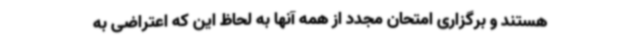
هستند و برگزاری امتحان مجدد از همه آنها به لحاظ این که اعتراضی به